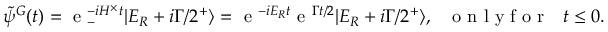
\tilde { \psi } ^ { G } ( t ) = \textrm { e } _ { - } ^ { - i H ^ { \times } t } | E _ { R } + i \Gamma / 2 ^ { + } \rangle = \textrm { e } ^ { - i E _ { R } t } \textrm { e } ^ { \Gamma t / 2 } | E _ { R } + i \Gamma / 2 ^ { + } \rangle , \, \, \, \, \textup { o n l y f o r } \, \, \, \, t \leq 0 .